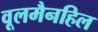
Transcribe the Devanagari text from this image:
वूलमैनहिल